Leaving Certificate Examination, 1921
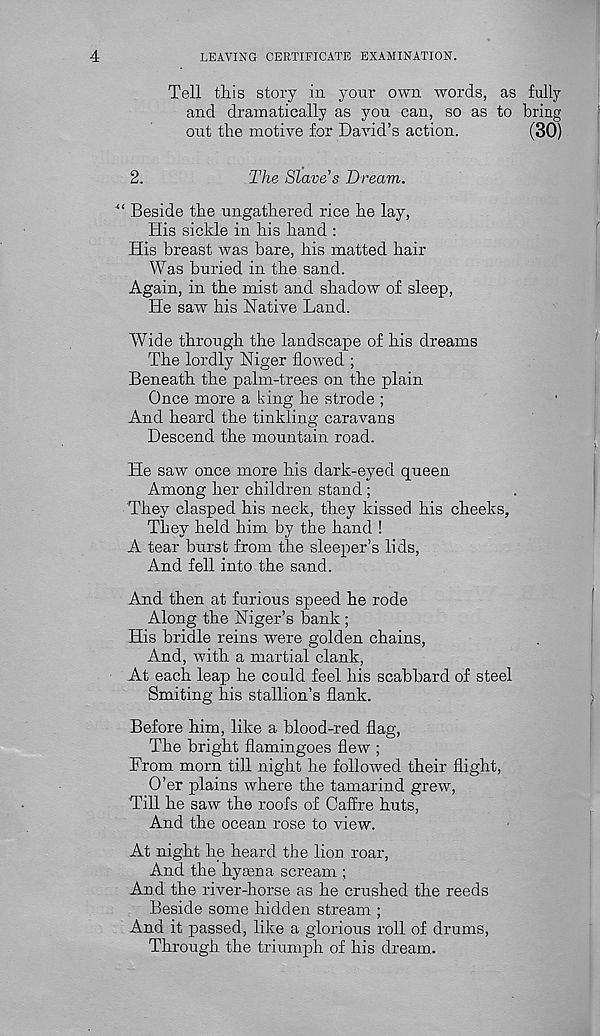
4
LEAVING CERTIFICATE EXAMINATION.
Tell this story in your own words, as fully
and dramatically as you can, so as to bring
out the motive for David’s action.
(30)
2.
The Slave’s Dream.
Beside the ungathered rice he lay,
His sickle in his hand :
His breast was bare, his matted hair
Was buried in the sand.
Again, in the mist and shadow of sleep,
He saw his Native Land.
Wide through the landscape of his dreams
The lordly Niger flowed ;
Beneath the palm-trees on the plain
Once more a king he strode ;
And heard the tinkling caravans
Descend the mountain road.
He saw once more his dark-eyed queen
Among her children stand ;
They clasped his neck, they kissed his cheeks,
They held him by the hand !
A tear burst from the sleeper’s lids,
And fell into the sand.
And then at furious speed he rode
Along the Niger’s bank ;
His bridle reins were golden chains,
And, with a martial clank,
At each leap he could feel his scabbard of steel
Smiting his stallion’s flank.
Before him, like a blood-red flag,
The bright flamingoes flew ;
From morn till night he followed their flight,
O’er plains where the tamarind grew,
Till he saw the roofs of Caffre huts,
And the ocean rose to view.
At night he heard the lion roar,
And the hyaena scream ;
And the river-horse as he crushed the reeds
Beside some hidden stream ;
And it passed, like a glorious roll of drums,
Through, the triumph of his dream.